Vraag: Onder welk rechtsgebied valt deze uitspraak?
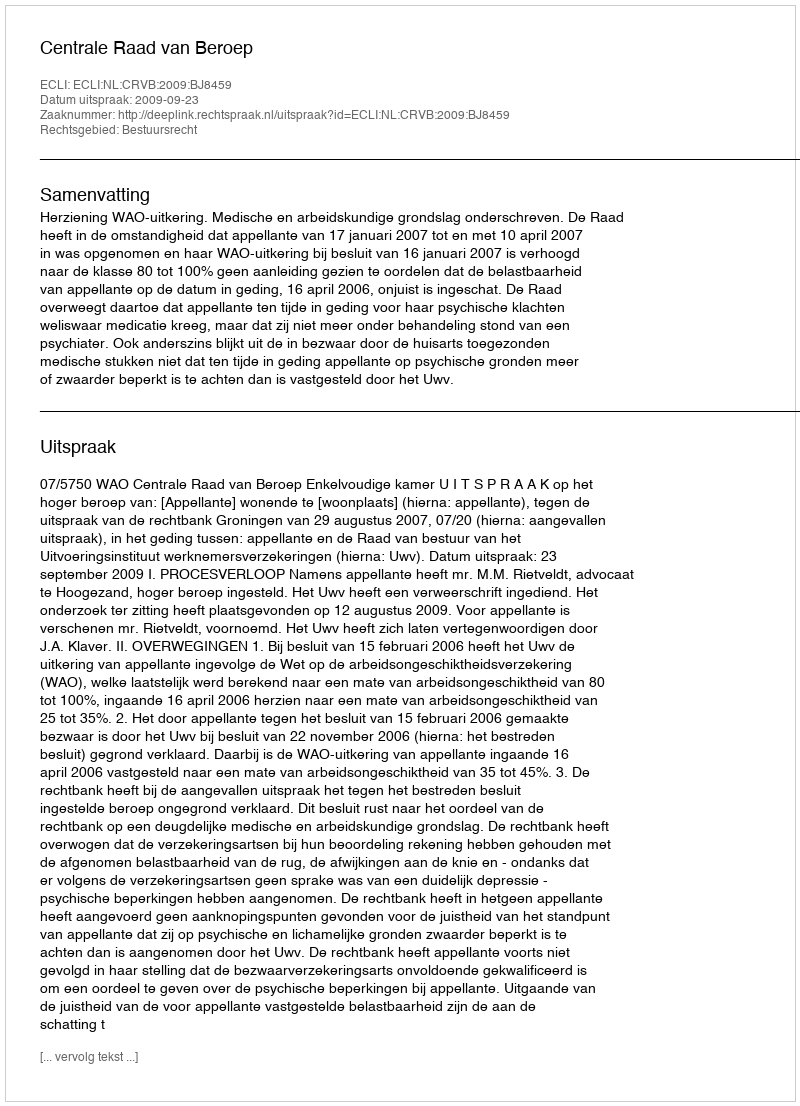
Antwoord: Bestuursrecht